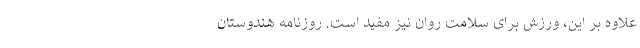
علاوه بر این، ورزش برای سلامت روان نیز مفید است. روزنامه هندوستان